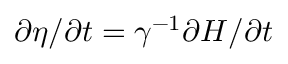
\partial \eta / \partial t = \gamma ^ { - 1 } \partial H / \partial t